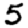
Digit: 5